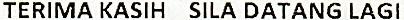
TERIMA KASIH SILA DATANG LAGI